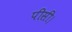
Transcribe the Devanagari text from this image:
पीसी।